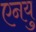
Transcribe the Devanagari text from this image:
एनयु